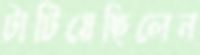
টাটিয়েছিলেন